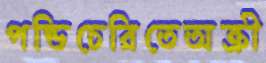
পন্ডিচেরিতেঅক্রী